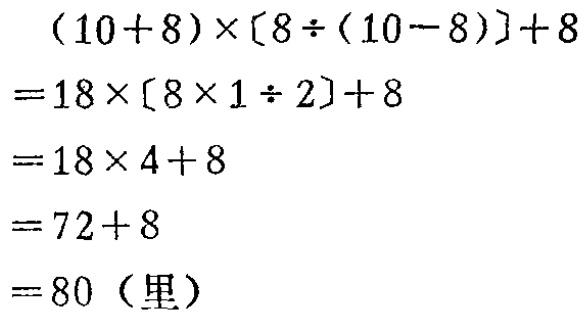
\[

\begin{align*}

&(10 + 8)\times[8\div(10 - 8)]+8\\

=&18\times[8\times1\div2]+8\\

=&18\times4 + 8\\

=&72+8\\

=&80（\text{里}）

\end{align*}

\]